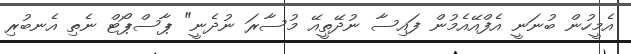
އެމީހުން ބުނަނީ އެފްއޭއެމުން ފައިސާ ނުދޭތީއޭ މުސާރަ ނުދެނީ" ޕާސްޕޯޓް ނެތި އެނބުރި